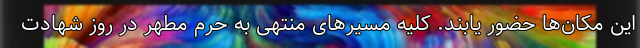
این مکان‌ها حضور یابند. کلیه مسیرهای منتهی به حرم مطهر در روز شهادت